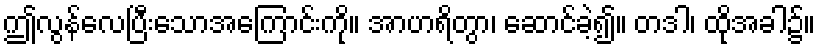
ဤလွန်လေပြီးသောအကြောင်းကို။ အာဟရိတွာ၊ ဆောင်ခဲ့၍။ တဒါ၊ ထိုအခါ၌။